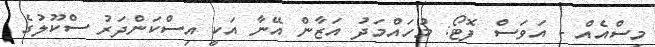
މިސްއެއް - އަވަސް ފޮޓޯ: މުހައްމަދު އަޒާން އޭނާ އަކީ އިސްކަންދަރު ސްކޫލުގެ